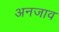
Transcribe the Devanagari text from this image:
अनजाव